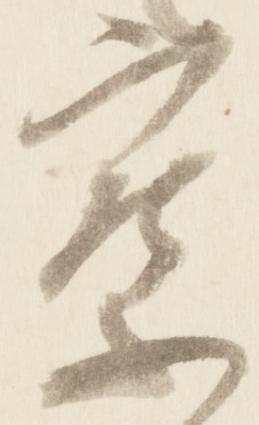
察